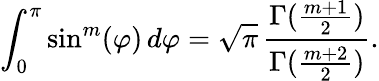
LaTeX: \int_{0}^{\pi}\sin^{m}(\varphi)\, d\varphi=\sqrt{\pi}\, \frac{\Gamma(\frac{m+1}{2})}{\Gamma(\frac{m+2}{2})}.